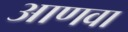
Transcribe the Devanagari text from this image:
आणवा